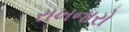
રાખનારો